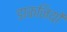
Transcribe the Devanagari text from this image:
डाकनियों